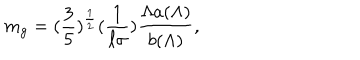
m _ { g } = ( \frac { 3 } { 5 } ) ^ { \frac { 1 } { 2 } } ( \frac { 1 } { \ell \sigma } ) \frac { \Lambda a ( \Lambda ) } { b ( \Lambda ) } ,